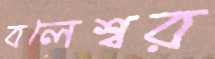
বলেশ্বর